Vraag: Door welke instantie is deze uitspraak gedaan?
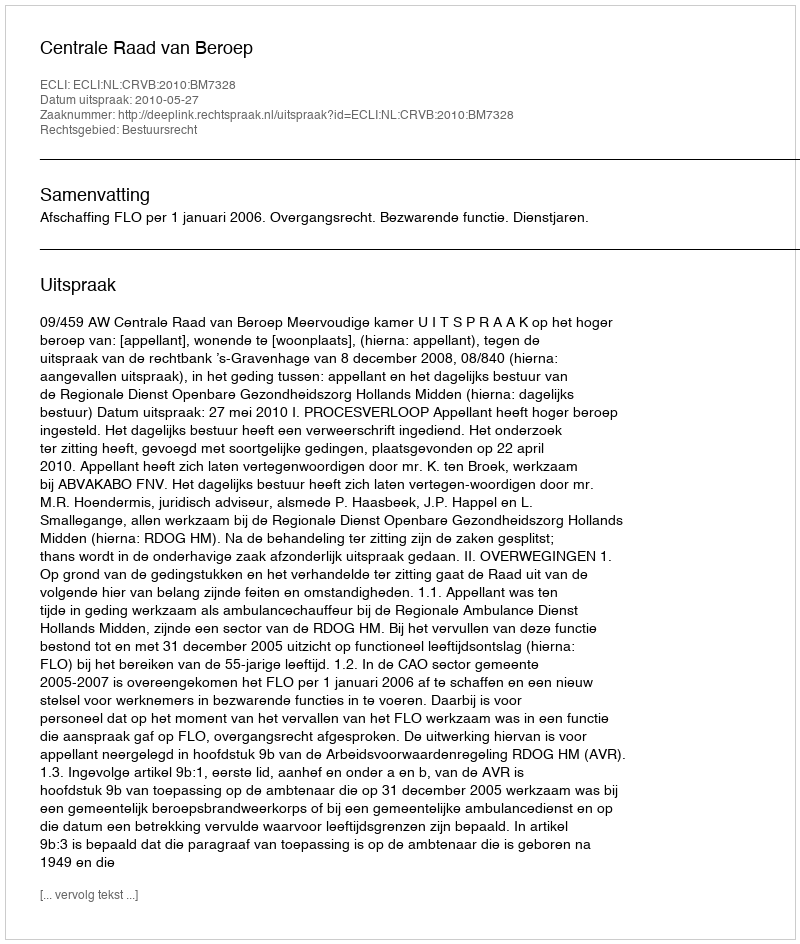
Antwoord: Centrale Raad van Beroep